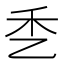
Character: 𰀹